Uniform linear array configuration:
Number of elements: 8
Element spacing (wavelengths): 0.5
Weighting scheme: kaiser
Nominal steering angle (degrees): -45
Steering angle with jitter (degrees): -44.03
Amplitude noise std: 0.05
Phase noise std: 0.05

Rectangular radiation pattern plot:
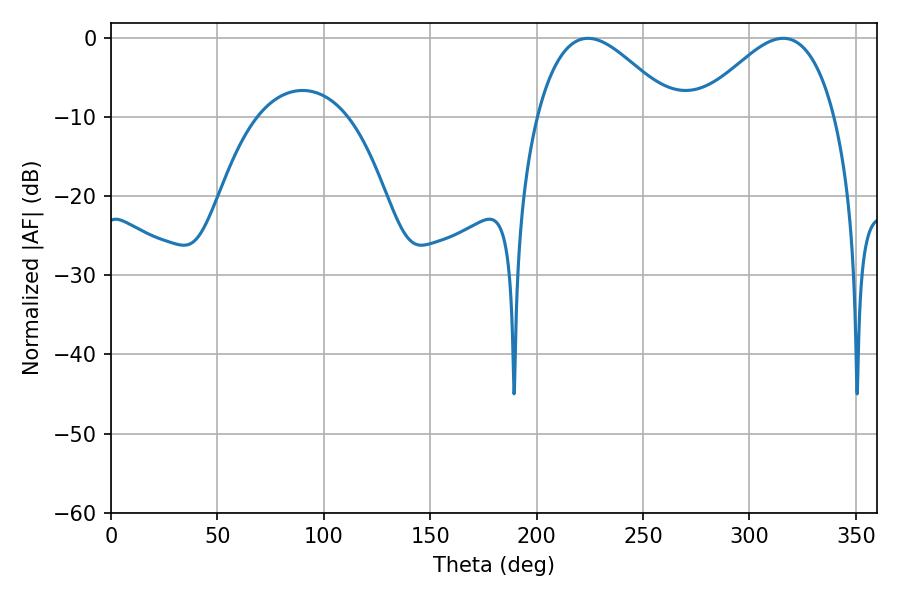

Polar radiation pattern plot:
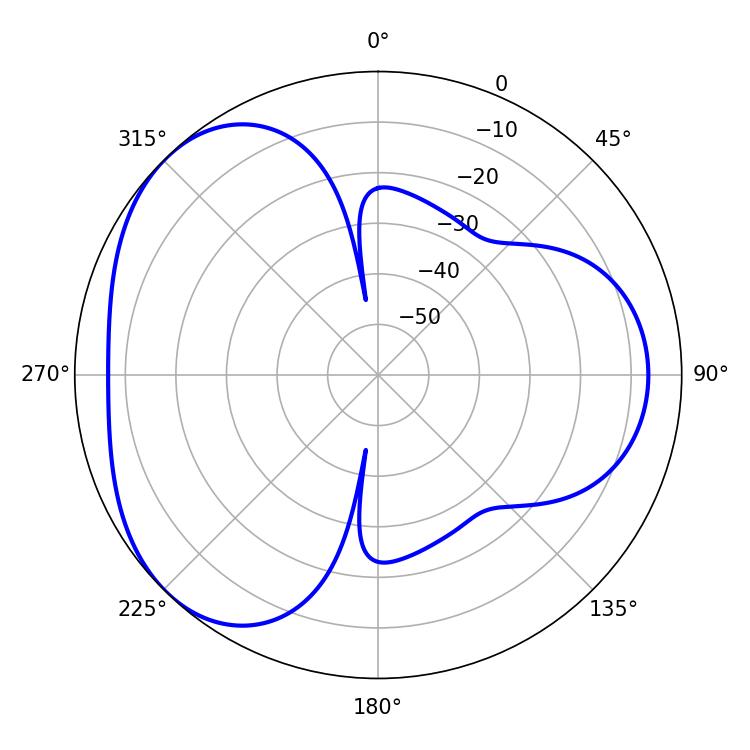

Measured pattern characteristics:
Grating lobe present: FALSE
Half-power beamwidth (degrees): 34.74
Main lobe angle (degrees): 224.1